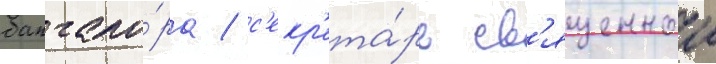
бангало́ра / с'екр'ета́рь св'ященнои